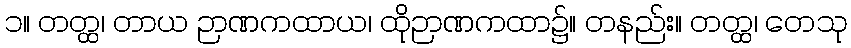
၁။ တတ္ထ၊ တာယ ဉာဏကထာယ၊ ထိုဉာဏကထာ၌။ တနည်း။ တတ္ထ၊ တေသု